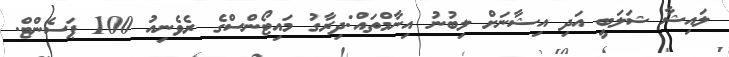
ލައިޝާ ޝަލަބީ އަދި އިޝާނަށް ލިބުނު އިނާމްތައް:ދިރާގު މައިޓޯންސްގެ ރެވެނިއު 100 ޕަސެންޓް.